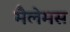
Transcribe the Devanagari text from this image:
मैलेमस